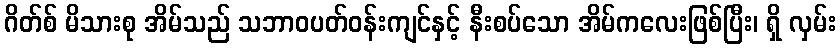
ဂိတ်စ် မိသားစု အိမ်သည် သဘာဝပတ်ဝန်းကျင်နှင့် နီးစပ်သော အိမ်ကလေးဖြစ်ပြီး၊ ရှိ လှမ်း